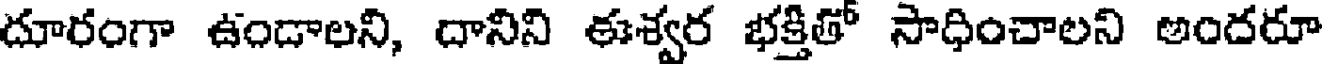
దూరంగా ఉండాలని, దానిని ఈశ్వర భక్తితో సాధించాలని అందరూ